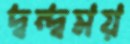
দ্বন্দ্বময়